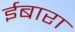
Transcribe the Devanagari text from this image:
ईबारा